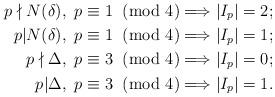
LaTeX: \begin{align*}p\nmid N(\delta), \ p\equiv 1\hskip-.07in\pmod 4&\Longrightarrow \left| I_p\right|=2;\\p| N(\delta), \ p\equiv 1\hskip-.07in\pmod 4&\Longrightarrow\left| I_p\right|=1;\\p\nmid \Delta, \ p\equiv 3\hskip-.07in\pmod 4&\Longrightarrow \left| I_p\right|=0;\\p| \Delta, \ p\equiv 3\hskip-.07in\pmod 4&\Longrightarrow\left| I_p\right|=1.\end{align*}